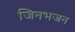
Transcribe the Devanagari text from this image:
जिनभजन